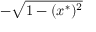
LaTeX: - { \sqrt { 1 - ( x ^ { * } ) ^ { 2 } } }